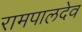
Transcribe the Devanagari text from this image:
रामपालदेव